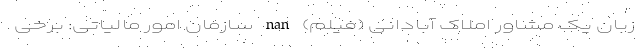
زبان یک مشاور املاک آبادانی (فیلم) nan سازمان امور مالیاتی: برخی